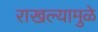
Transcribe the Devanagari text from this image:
राखल्यामुळे